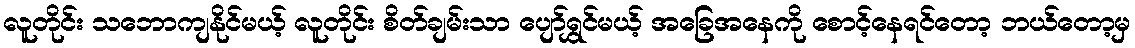
လူတိုင်း သဘောကျနိုင်မယ့် လူတိုင်း စိတ်ချမ်းသာ ပျော်ရွှင်မယ့် အခြေအနေကို စောင့်နေရင်တော့ ဘယ်တော့မှ